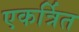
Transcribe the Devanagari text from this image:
एकर्त्रित